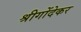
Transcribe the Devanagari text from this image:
श्रीगोंदेकर